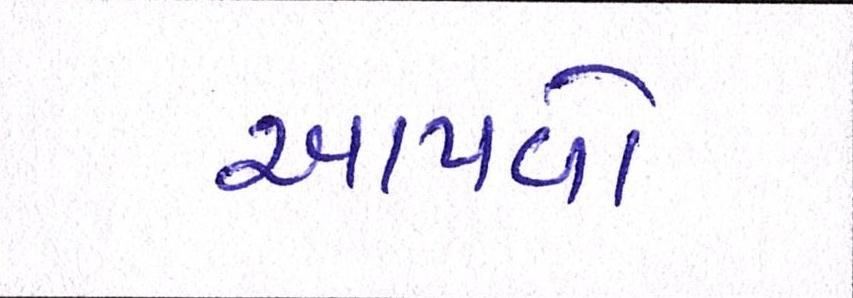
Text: આપવો